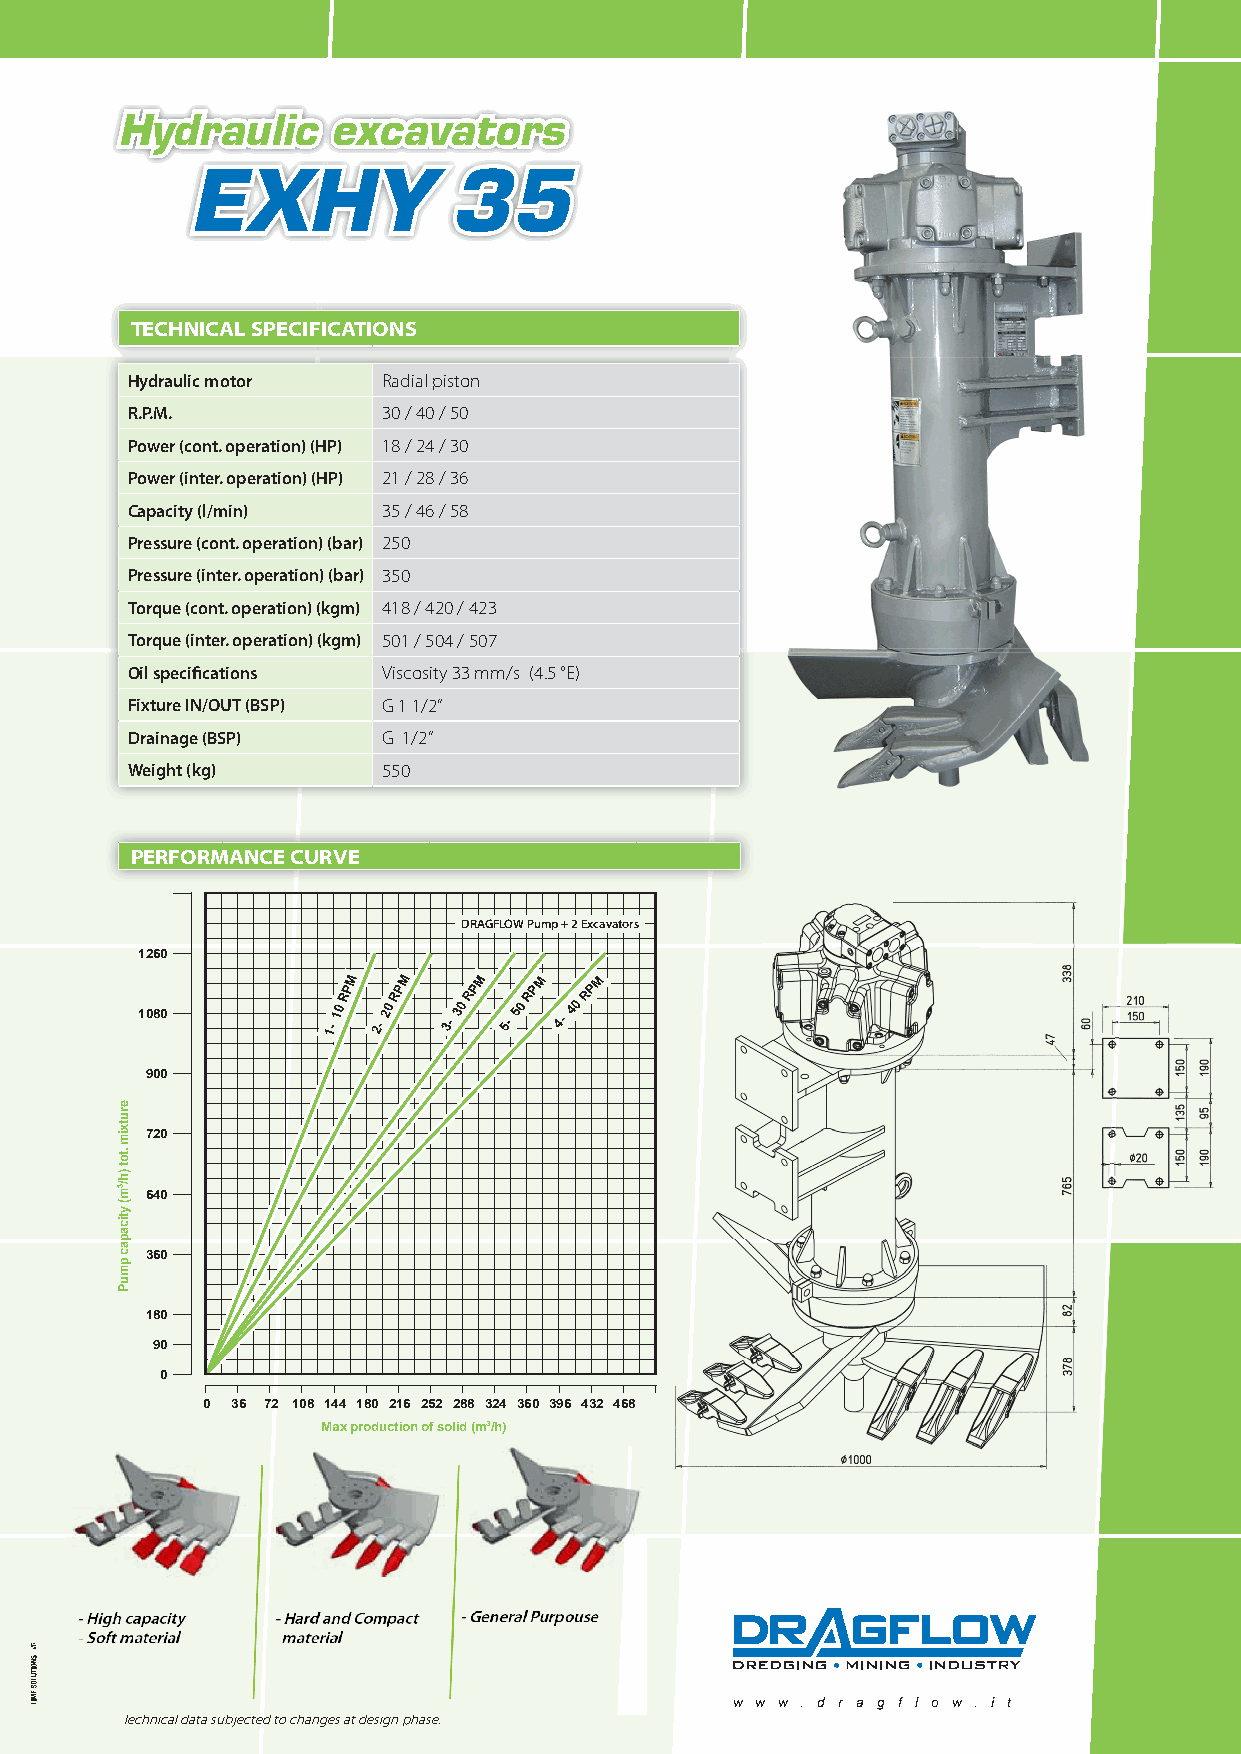
Hydraulic     excavators
 EXHY             35
 TECHNICAL SPECIFICATIONS
 Hydraulic motor  Radial piston
 R.P.M.           30 / 40 / 50
 Power (cont. operation) (HP) 18 / 24 / 30
 Power (inter. operation) (HP) 21 / 28 / 36
 Capacity (l/min) 35 / 46 / 58
 Pressure (cont. operation) (bar) 250
 Pressure (inter. operation) (bar) 350
 Torque (cont. operation) (kgm) 418 / 420 / 423
 Torque (inter. operation) (kgm) 501 / 504 / 507
 Oil specifi cations Viscosity 33 mm/s (4.5 °E)
 Fixture IN/OUT (BSP) G 1 1/2”
 Drainage (BSP)   G 1/2”
 Weight (kg)      550
 PERFORMANCE CURVE
 DRAGFLOW Pump + 2 Excavators
 1260
 M   M    M   M   M
 1080         1-
 10
 RP
 2-
 20
 RP
 3-
 30
 RP
 5-
 50
 RP
 4-
 40
 RP
 900
 720
 640
 360
 180
 90
 0
 0 36 72 108 144 180 216 252 288 324 360 396 432 468
 Max production of solid (m3/h)
 MATERIALS COMPACTED HARD SAND
 EXCAVATORS (RPM) % OF SOLID
 1       10         15 %
 2       20         20 %
 3       30         28 %
 4       40         35 %
 5       50         30 %
 w w w . d r a g f l o w . i t
 Technical data subjected to changes at design phase.
 erutxim
 .tot
 )h/3m(
 yticapac
 pmuP